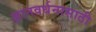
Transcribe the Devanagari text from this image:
ज्ञानवर्धनासाठी